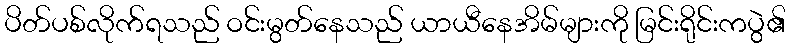
ပိတ်ပစ်လိုက်ရသည် ဝင်းမွတ်နေသည် ယာယီနေအိမ်များကို မြင်းရိုင်းကပွဲ၏